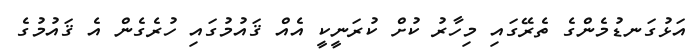
އަޅުގަނޑުމެންގެ ތެރޭގައި މިހާރު ކުށް ކުރަނީކީ އެއް ޤައުމުގައި ހުރެގެން އެ ޤައުމުގެ